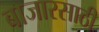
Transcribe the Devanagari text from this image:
बाजारसाठी